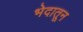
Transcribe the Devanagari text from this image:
भेदातून